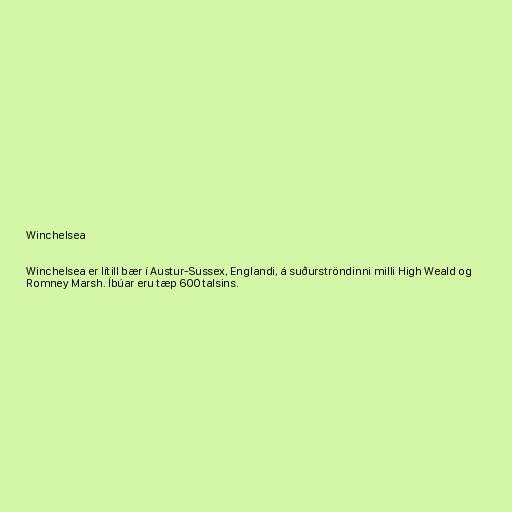
Winchelsea

Winchelsea er lítill bær í Austur-Sussex, Englandi, á suðurströndinni milli High Weald og
Romney Marsh. Íbúar eru tæp 600 talsins.